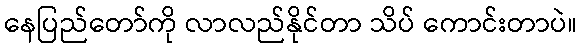
နေပြည်တော်ကို လာလည်နိုင်တာ သိပ် ကောင်းတာပဲ။